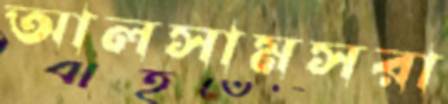
আলসামসরা